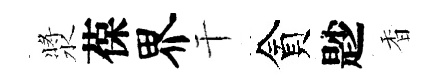
漿葆界干貪尟香